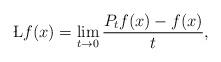
LaTeX: \begin{align*}\L f(x) = \lim_{t \to 0} \frac{P_t f(x) - f(x)}{t},\end{align*}